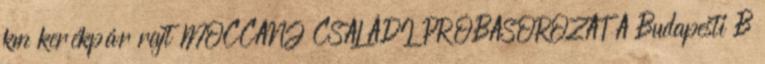
km kerékpár rajt MOCCANJ CSALÁDI PRÓBASOROZAT A Budapesti B